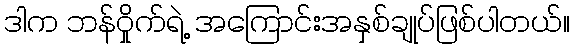
ဒါက ဘန်ဝှိုက်ရဲ့ အကြောင်းအနှစ်ချုပ်ဖြစ်ပါတယ်။